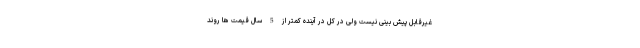
غیرقابل پیش بینی نیست ولی در کل در آینده کمتر از 5 سال قیمت ها روند